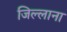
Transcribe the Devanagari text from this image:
जिल्लाना